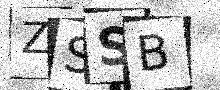
Text: ZSSB